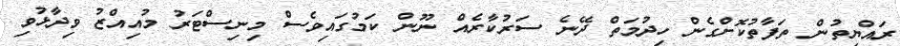
ރައްޔިތުން ތަފާތުކޮށްގެން ހިދުމަތް ދޭނެ ސަރުކާރެއް ނޫން ކަމުގައިވެސް މިނިސްޓަރު މުއިއްޒު ވިދާޅުވި